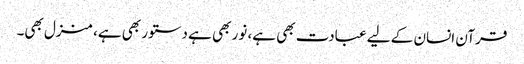
قرآن انسان کے لیے عبادت بھی ہے، نور بھی ہے دستور بھی ہے، منزل بھی۔